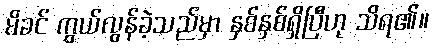
မိခင် ကွယ်လွန်ခဲ့သည်မှာ နှစ်နှစ်ရှိပြီဟု သိရ၏။